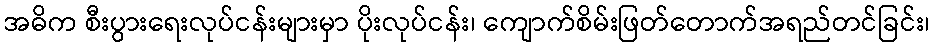
အဓိက စီးပွားရေးလုပ်ငန်းများမှာ ပိုးလုပ်ငန်း၊ ကျောက်စိမ်းဖြတ်တောက်အရည်တင်ခြင်း၊